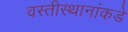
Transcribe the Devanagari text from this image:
वस्तीस्थानांकडे